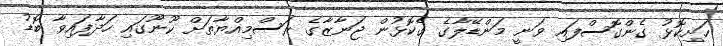
ހަށިކޮޅު ގެންގޮސްފައި ވަނީ މަންޑޭލާގެ ގެކޮޅުން ޖަނާޒާގެ ރަސްމިއްޔާތަށް ކޫނޫގައި ހަދާފައިވާ ބޮޑު